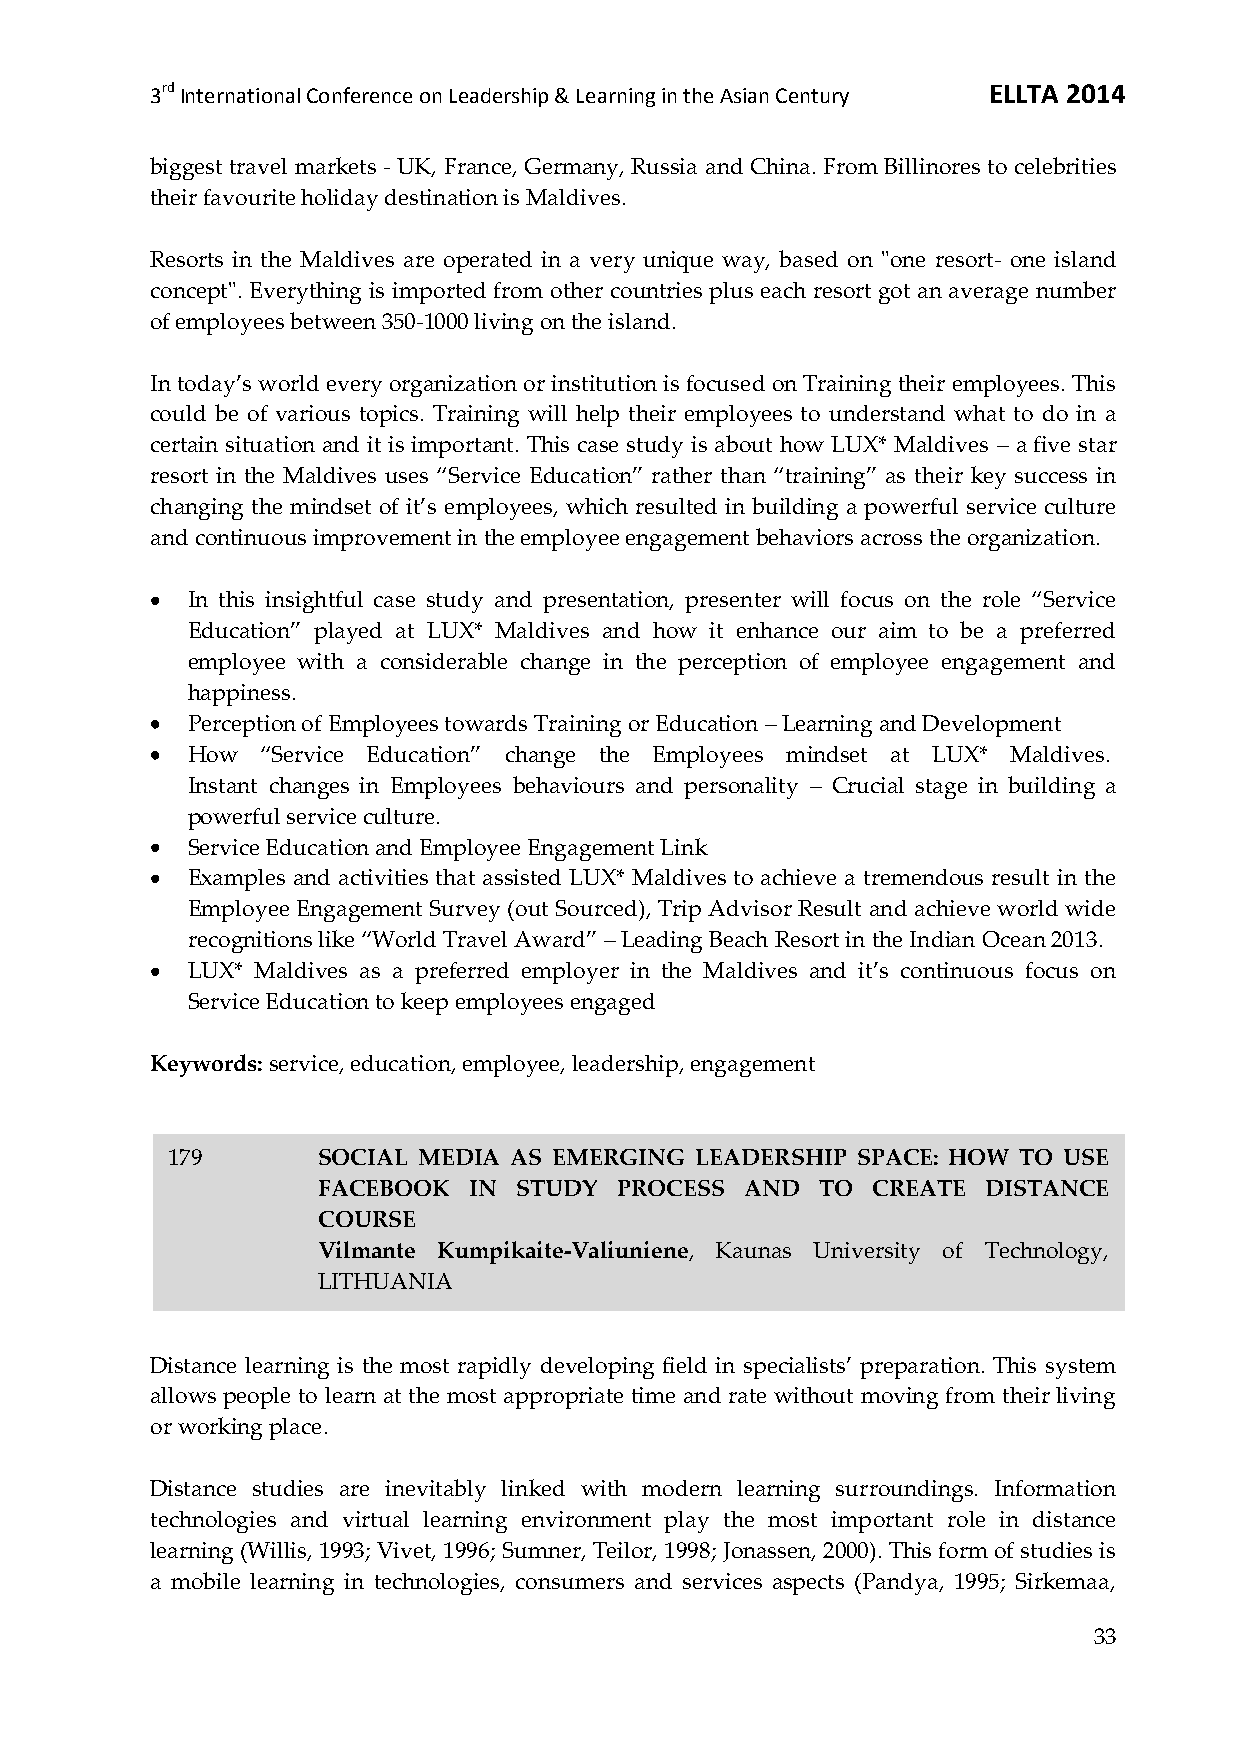
3rd International Conference on Leadership & Learning in the Asian Century ELLTA 2014
 biggest travel markets - UK, France, Germany, Russia and China. From Billinores to celebrities
 their favourite holiday destination is Maldives.
 Resorts in the Maldives are operated in a very unique way, based on "one resort- one island
 concept". Everything is imported from other countries plus each resort got an average number
 of employees between 350-1000 living on the island.
 In today’s world every organization or institution is focused on Training their employees. This
 could be of various topics. Training will help their employees to understand what to do in a
 certain situation and it is important. This case study is about how LUX* Maldives – a five star
 resort in the Maldives uses ‚Service Education‛ rather than ‚training‛ as their key success in
 changing the mindset of it’s employees, which resulted in building a powerful service culture
 and continuous improvement in the employee engagement behaviors across the organization.
 In this insightful case study and presentation, presenter will focus on the role ‚Service
 Education‛ played at LUX* Maldives and how it enhance our aim to be a preferred
 employee with a considerable change in the perception of employee engagement and
 happiness.
 Perception of Employees towards Training or Education – Learning and Development
 How  ‚Service Education‛ change the Employees mindset at LUX* Maldives.
 Instant changes in Employees behaviours and personality – Crucial stage in building a
 powerful service culture.
 Service Education and Employee Engagement Link
 Examples and activities that assisted LUX* Maldives to achieve a tremendous result in the
 Employee Engagement Survey (out Sourced), Trip Advisor Result and achieve world wide
 recognitions like ‚World Travel Award‛ – Leading Beach Resort in the Indian Ocean 2013.
 LUX* Maldives as a preferred employer in the Maldives and it’s continuous focus on
 Service Education to keep employees engaged
 Keywords: service, education, employee, leadership, engagement
 179       SOCIAL MEDIA AS EMERGING LEADERSHIP SPACE: HOW TO USE
 FACEBOOK  IN STUDY  PROCESS AND  TO  CREATE DISTANCE
 COURSE
 Vilmante Kumpikaite-Valiuniene, Kaunas University of Technology,
 LITHUANIA
 Distance learning is the most rapidly developing field in specialists’ preparation. This system
 allows people to learn at the most appropriate time and rate without moving from their living
 or working place.
 Distance studies are inevitably linked with modern learning surroundings. Information
 technologies and virtual learning environment play the most important role in distance
 learning (Willis, 1993; Vivet, 1996; Sumner, Teilor, 1998; Jonassen, 2000). This form of studies is
 a mobile learning in technologies, consumers and services aspects (Pandya, 1995; Sirkemaa,
 33